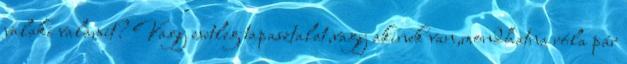
valaki valamit? Vagy esetleg tapasztalat,vagy akinek van,mondhatna róla pár